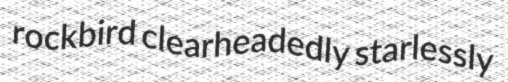
rockbird clearheadedly starlessly